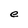
Character: e